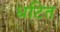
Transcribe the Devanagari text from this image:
धटित